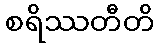
စရိဿတီတိ